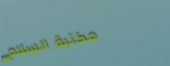
مكتبة السلام